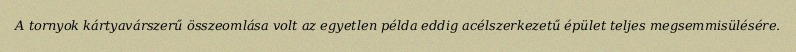
A tornyok kártyavárszerű összeomlása volt az egyetlen példa eddig acélszerkezetű épület teljes megsemmisülésére.